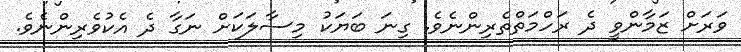
ވަރަށް ޒަމާންވީ ދެ ރަހްމަތްތެރިންނެވެ. ގިނަ ބަޔަކު މިސާލަކަށް ނަގާ ދެ އެކުވެރިންނެވެ.